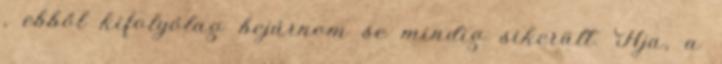
, ebből kifolyólag bejárnom se mindig sikerült. Hja, a